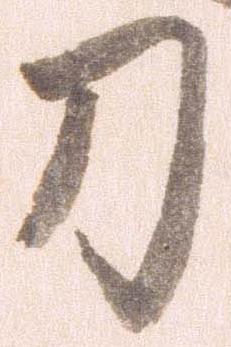
刀